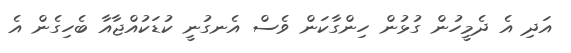
އަދި އެ ދެމީހުން ގުޅުން ހިންގާކަން ވެސް އެނގުނީ ކުޑަކުއްޖާއާ ބެހިގެން އެ